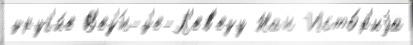
друг'и́е В'ез'́н-д'е-Л'ев'езу Нан Исто́р'иjа